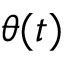
\theta ( t )